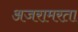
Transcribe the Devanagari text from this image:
अजरामरता